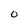
Character: 0